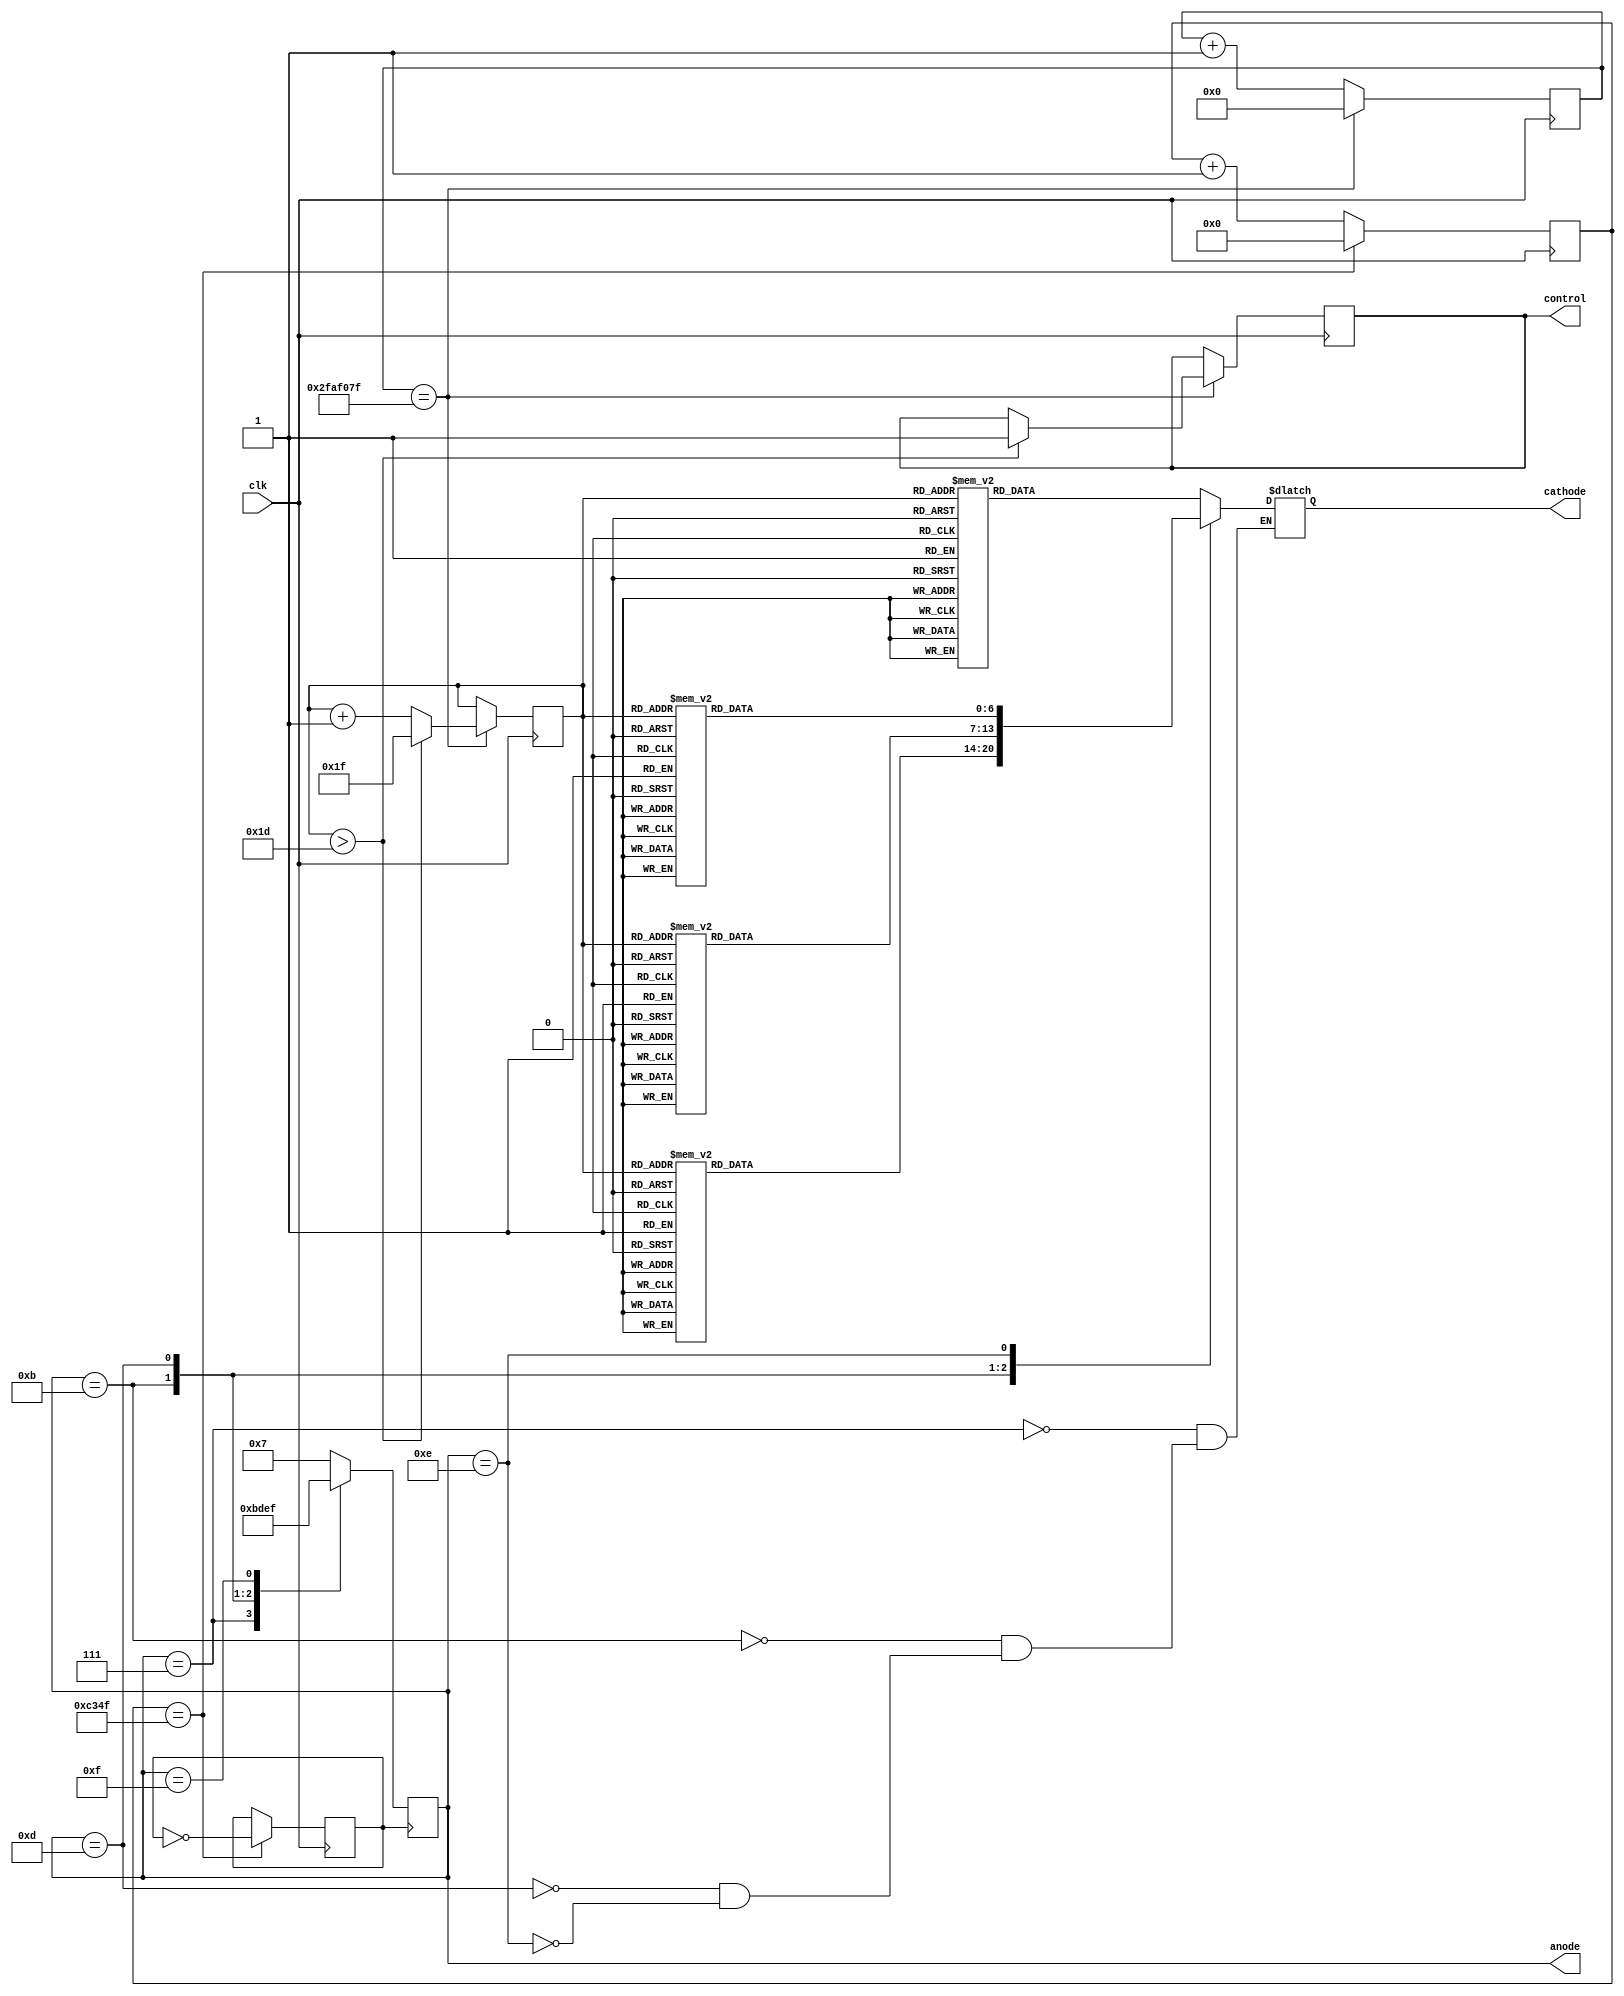
module rolling(clk,anode,cathode,control

    );
    input clk;
    output [3:0]anode;
    output [6:0]cathode;
    output control;
    
    parameter d1=4'b0111;
    parameter d2=4'b1011;
    parameter d3=4'b1101;
    parameter d4=4'b1110;
    parameter d0=4'b1111;
    parameter id5=7'b0100100;
    parameter id1=7'b1001111;
    parameter id7=7'b0001111;
    parameter id3=7'b0000110;
    parameter id0=7'b0000001;
    parameter id9=7'b0000100;
    parameter id4=7'b1001100;
    parameter idn=7'b1111111;
    
    
    reg [15:0]Q_digit=0;
    reg [25:0]Q_divider=0;
    reg clock;
    reg control=0;
    reg [6:0]cathode=id5;
    reg [3:0]anode=d1;
    reg [3:0]next_state=4'b1011;
    reg [4:0]ca=0;

    always @ (posedge clk)begin
    if (Q_digit==16'b1100001101001111) begin
    clock<=~clock;
    Q_digit<=0;
    end 
    else begin
    Q_digit<=Q_digit+1;
    end
    end
    
    always @(posedge clock)
    anode<=next_state;
    
    always @(anode)
        case(anode)
            d1: begin
                next_state=d2;
                case(ca)
                5'b00110:cathode=id5;
                5'b00111:cathode=id5;
                5'b01000:cathode=id1;
                5'b01001:cathode=id1;
                5'b01010:cathode=id7;
                5'b01011:cathode=id7;
                5'b01100:cathode=id3;
                5'b01101:cathode=id3;
                5'b01110:cathode=id7;
                5'b01111:cathode=id7;
                5'b10000:cathode=id0;
                5'b10001:cathode=id0;
                5'b10010:cathode=id9;
                5'b10011:cathode=id9;
                5'b10100:cathode=id1;
                5'b10101:cathode=id1;
                5'b10110:cathode=id0;
                5'b10111:cathode=id0;
                5'b11000:cathode=id0;
                5'b11001:cathode=id0;
                5'b11010:cathode=id4;
                5'b11011:cathode=id4;
                5'b11100:cathode=id3;
                5'b11101:cathode=id3;
                default:cathode=idn;
                endcase
                end
            d2:begin
            next_state=d3;   
            case(ca) 
                            5'b00100:cathode=id5;
                            5'b00101:cathode=id5;
                            5'b00110:cathode=id1;
                            5'b00111:cathode=id1;
                            5'b01000:cathode=id7;
                            5'b01001:cathode=id7;
                            5'b01010:cathode=id3;
                            5'b01011:cathode=id3;
                            5'b01100:cathode=id7;
                            5'b01101:cathode=id7;
                            5'b01110:cathode=id0;
                            5'b01111:cathode=id0;
                            5'b10000:cathode=id9;
                            5'b10001:cathode=id9;
                            5'b10010:cathode=id1;
                            5'b10011:cathode=id1;
                            5'b10100:cathode=id0;
                            5'b10101:cathode=id0;
                            5'b10110:cathode=id0;
                            5'b10111:cathode=id0;
                            5'b11000:cathode=id4;
                            5'b11001:cathode=id4;
                            5'b11010:cathode=id3;
                            5'b11011:cathode=id3;
                            default:cathode=idn;
            endcase
            end
            d3:begin
            next_state=d4;  
            case(ca) 
                            5'b00010:cathode=id5;
                            5'b00011:cathode=id5;
                            5'b00100:cathode=id1;
                            5'b00101:cathode=id1;
                            5'b00110:cathode=id7;
                            5'b00111:cathode=id7;
                            5'b01000:cathode=id3;
                            5'b01001:cathode=id3;
                            5'b01010:cathode=id7;
                            5'b01011:cathode=id7;
                            5'b01100:cathode=id0;
                            5'b01101:cathode=id0;
                            5'b01110:cathode=id9;
                            5'b01111:cathode=id9;
                            5'b10000:cathode=id1;
                            5'b10001:cathode=id1;
                            5'b10010:cathode=id0;
                            5'b10011:cathode=id0;
                            5'b10100:cathode=id0;
                            5'b10101:cathode=id0;
                            5'b10110:cathode=id4;
                            5'b10111:cathode=id4;
                            5'b11000:cathode=id3;
                            5'b11001:cathode=id3;
                            default:cathode=idn;
            endcase
            end 
            d4:begin
            next_state=d1; 
            case(ca)
                            5'b00000:cathode=id5;
                            5'b00001:cathode=id5;
                            5'b00010:cathode=id1;
                            5'b00011:cathode=id1;
                            5'b00100:cathode=id7;
                            5'b00101:cathode=id7;
                            5'b00110:cathode=id3;
                            5'b00111:cathode=id3;
                            5'b01000:cathode=id7;
                            5'b01001:cathode=id7;
                            5'b01010:cathode=id0;
                            5'b01011:cathode=id0;
                            5'b01100:cathode=id9;
                            5'b01101:cathode=id9;
                            5'b01110:cathode=id1;
                            5'b01111:cathode=id1;
                            5'b10000:cathode=id0;
                            5'b10001:cathode=id0;
                            5'b10010:cathode=id0;
                            5'b10011:cathode=id0;
                            5'b10100:cathode=id4;
                            5'b10101:cathode=id4;
                            5'b10110:cathode=id3;
                            5'b10111:cathode=id3;
                            default:cathode=idn;
            endcase
            end
            d0:next_state=d0;
        default: next_state=d1;
        endcase      
    
    always @ (posedge clk)begin
            if (Q_divider==26'b10111110101111000001111111)begin
            //clock=~clock;
            Q_divider<=0;
            if(ca>5'b11101) begin
            ca<=5'b11111;
            control=1;
            end
            else ca<=ca+1;
            end
            else begin
            //clock<=clock;
            Q_divider<=Q_divider+1;
            end
            end
    

    
endmodule